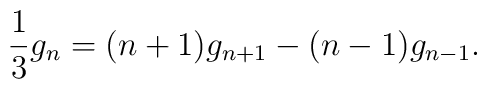
{1 \over 3} g_n =(n+1) g_{n+1}-(n-1) g_{n-1}.